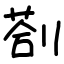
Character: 剳